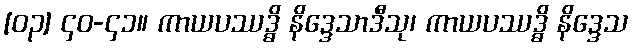
[၀၃] ၄၀-၄၁။ ကာယပဿဒ္ဓိ နိဒ္ဒေသာဒီသု၊ ကာယပဿဒ္ဓိ နိဒ္ဒေသ